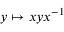
y \mapsto x y x ^ { - 1 }